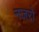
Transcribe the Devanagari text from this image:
नजरो